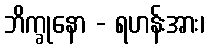
ဘိက္ခုနော - ရဟန်းအား၊